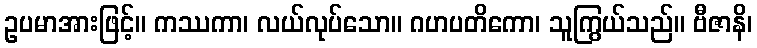
ဥပမာအားဖြင့်။ ကဿကာ၊ လယ်လုပ်သော။ ဂဟပတိကော၊ သူကြွယ်သည်။ ဗီဇာနိ၊